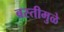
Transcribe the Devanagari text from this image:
बस्तीमुळे